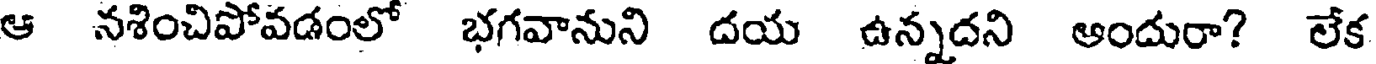
ఆ నశించిపోవడంలో భగవానుని దయ ఉన్నదని ఆందురా? లేక